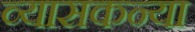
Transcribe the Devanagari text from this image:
व्यासकन्या